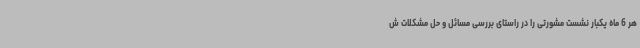
هر 6 ماه یکبار نشست مشورتی را در راستای بررسی مسائل و حل مشکلات ش